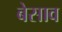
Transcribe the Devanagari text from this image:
बेसाव